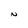
Character: N